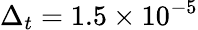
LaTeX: \Delta_{t}=1.5\times 10^{-5}